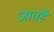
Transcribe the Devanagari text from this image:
जातहै